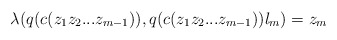
\begin{align*}\lambda(q(c(z_1z_2...z_{m-1})), q(c(z_1z_2...z_{m-1}))l_m) = z_m\end{align*}